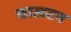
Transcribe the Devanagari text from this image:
चालटन